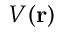
V ( \mathbf { r } )